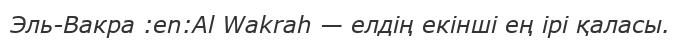
Эль-Вакра :en:Al Wakrah — елдің екінші ең ірі қаласы.